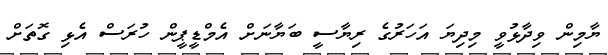
ޔާމިން ވިދާޅުވީ މިދިޔަ އަހަރުގެ ރިޔާސީ ބަޔާނަށް އެމްޑީޕީން ހުރަސް އެޅި ގޮތަށް